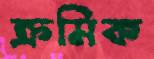
ক্রমিক